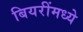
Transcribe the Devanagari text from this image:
बियरींमध्ये